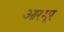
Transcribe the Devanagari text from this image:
आरमूर